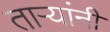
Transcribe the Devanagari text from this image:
तार्‍यांनी